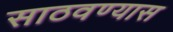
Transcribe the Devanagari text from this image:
साठवण्यास